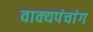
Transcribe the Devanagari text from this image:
वाक्यपंचांग